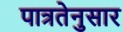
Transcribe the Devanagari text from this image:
पात्रतेनुसार